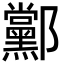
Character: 䣣